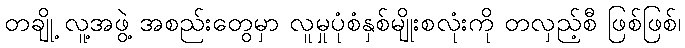
တချို့ လူ့အဖွဲ့ အစည်းတွေမှာ လူမှုပုံစံနှစ်မျိုးစလုံးကို တလှည့်စီ ဖြစ်ဖြစ်၊